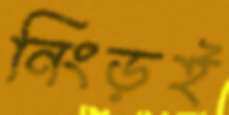
নিংড়ই